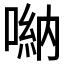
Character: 𠺶